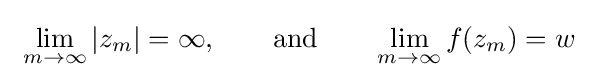
\ \lim _{m\to \infty }|z_{m}|=\infty ,\qquad {\text{and}}\qquad \lim _{m\to \infty }f(z_{m})=w~